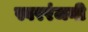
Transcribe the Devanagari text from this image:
स्वररंजनी